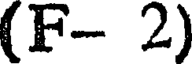
(F- 2)